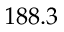
1 8 8 . 3